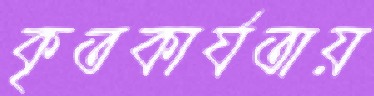
কৃতকার্যতায়